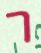
ר